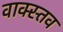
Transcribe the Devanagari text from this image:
वाक्स्तव